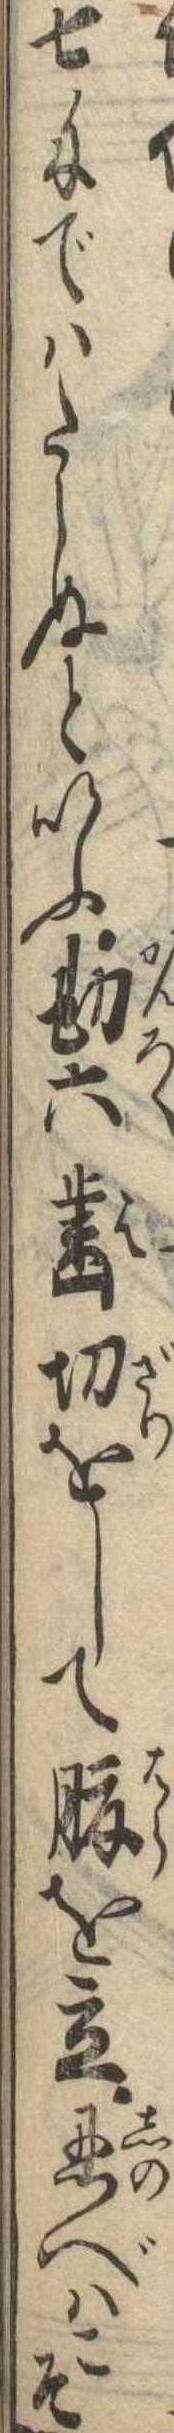
七匁ではたらぬといふ勘六歯切をして腹を立忍べはこそ